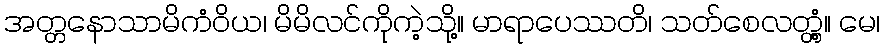
အတ္တနောသာမိကံဝိယ၊ မိမိလင်ကိုကဲ့သို့။ မာရာပေဿတိ၊ သတ်စေလတ္တံ့။ မေ၊